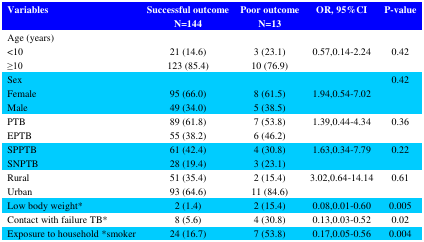
<table><thead><tr><td><b>Variables </b></td><td><b>Successful outcomeN=144</b></td><td><b>Poor outcomeN=13</b></td><td><b>OR, 95%CI</b></td><td><b>P-value</b></td></tr></thead><tbody><tr><td>Age (years)&lt;10≥10</td><td>21 (14.6)123 (85.4)</td><td>3 (23.1)10 (76.9)</td><td>0.57,0.14-2.24</td><td>0.42</td></tr><tr><td>Sex FemaleMale</td><td>95 (66.0)49 (34.0)</td><td>8 (61.5)5 (38.5)</td><td>1.94,0.54-7.02</td><td>0.42</td></tr><tr><td>PTBEPTB </td><td>89 (61.8)55 (38.2)</td><td>7 (53.8)6 (46.2)</td><td>1.39,0.44-4.34</td><td>0.36</td></tr><tr><td>SPPTBSNPTB</td><td>61 (42.4)28 (19.4)</td><td>4 (30.8)3 (23.1)</td><td>1.63,0.34-7.79</td><td>0.22</td></tr><tr><td>Rural Urban </td><td>51 (35.4)93 (64.6)</td><td>2 (15.4)11 (84.6)</td><td>3.02,0.64-14.14</td><td>0.61</td></tr><tr><td>Low body weight*</td><td>2 (1.4)</td><td>2 (15.4)</td><td>0.08,0.01-0.60</td><td>0.005</td></tr><tr><td>Contact with failure TB*</td><td>8 (5.6)</td><td>4 (30.8)</td><td>0.13,0.03-0.52</td><td>0.02</td></tr><tr><td>Exposure to household *smoker</td><td>24 (16.7)</td><td>7 (53.8)</td><td>0.17,0.05-0.56</td><td>0.004</td></tr></tbody></table>